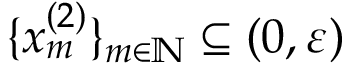
\{ x _ { m } ^ { ( 2 ) } \} _ { m \in \mathbb { N } } \subseteq ( 0 , \varepsilon )